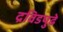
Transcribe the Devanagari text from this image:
द्रविडपुढे